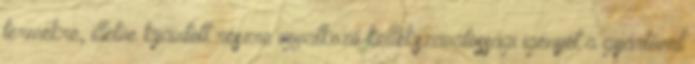
termékre, illetve kijavított részre vonatkozó kellékszavatossági igényét a gyártóval